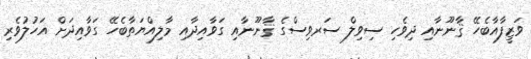
ވަޒީފާއާބެހޭ ޤާނޫނާއި ދިވެހި ސިވިލް ސަރވިސްގެ ޤާނޫނާއި ގަވާއިދާއި މާލިއްޔަތާބެހޭ ގަވާއިދަށް އަހުލުވެރި